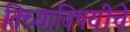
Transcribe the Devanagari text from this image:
तिच्याविषयीचे